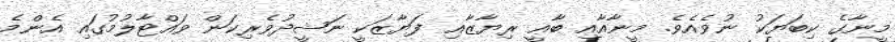
މީނާގެ ކިބަޔަކު ނުވެއެވެ. މީނާއާއި ބާޢީ ރިޔާޒާއި ފަޔާޒަކީ ނަޝީދުވެރިކަން ވައްޓާލުމުގައި އެންމެ